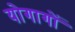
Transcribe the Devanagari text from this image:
योगागों